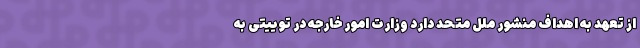
از تعهد به اهداف منشور ملل متحد دارد وزارت امور خارجه در توییتی به